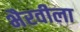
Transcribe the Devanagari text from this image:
भैरवीला